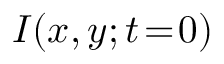
I ( x , y ; t \! = \! 0 )